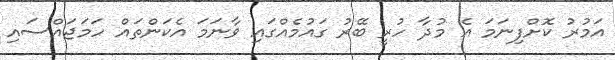
އަމުރު ކޮށްފިނަމަ އެ މުދާ ހުރީ ބޭރު ގައުމެއްގައި ވާނަމަ އެކަންތައް ހަމަޖައްސައި